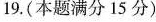
19.(本题满分15分)